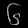
Digit: ၆